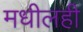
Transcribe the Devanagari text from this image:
मधीलही